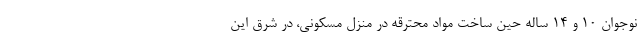
نوجوان ۱۰ و ۱۴ ساله حین ساخت مواد محترقه در منزل مسکونی، در شرق این